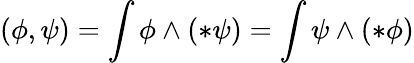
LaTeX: (\phi,\psi)=\int\phi\wedge(*\psi)=\int\psi\wedge(*\phi)